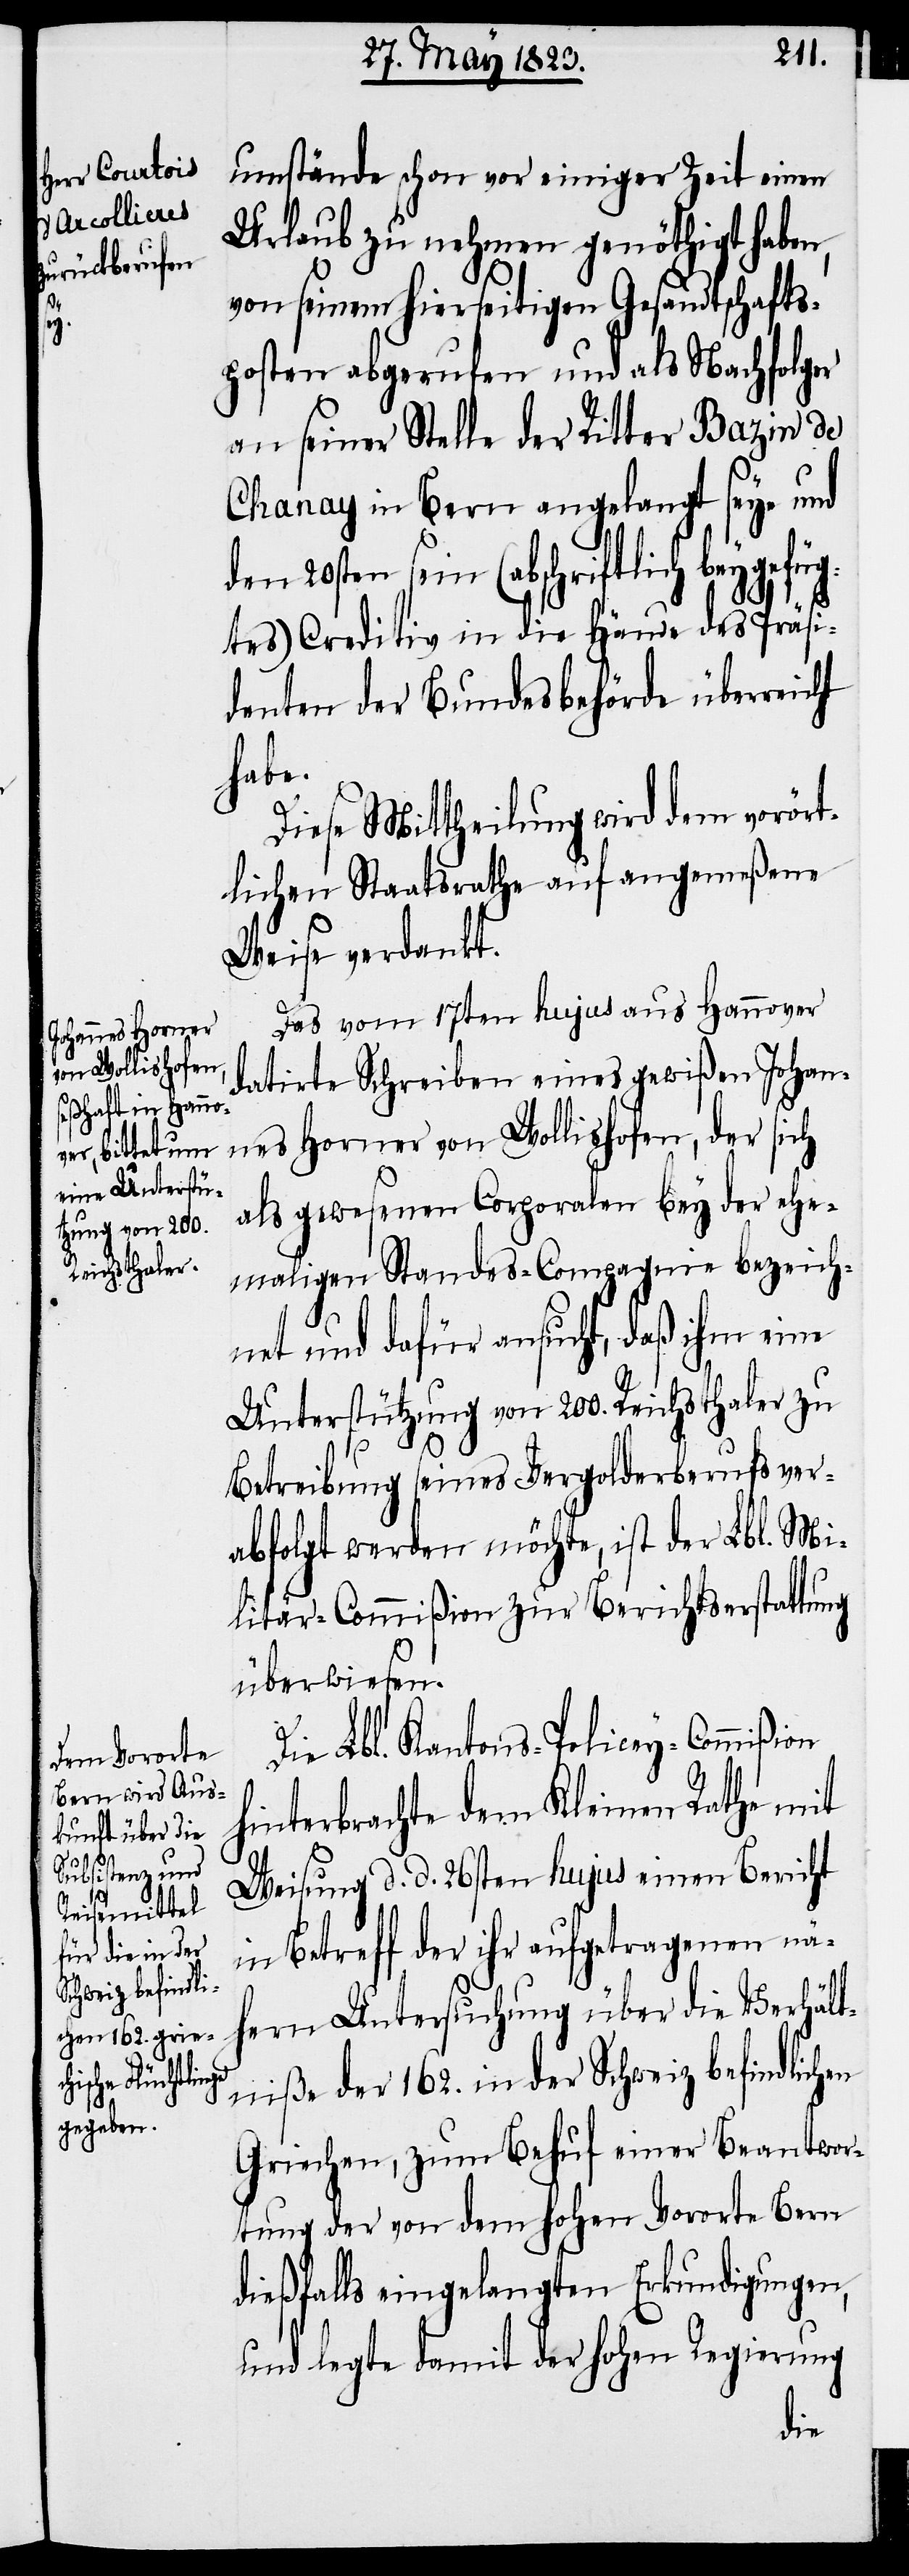
umstände schon vor einiger Zeit einen
Urlaub zu nehmen genöthigt haben,
von seinem hierseitigen Gesandtschafts¬
posten abgerufen und als Nachfolger
an seiner Stelle der Ritter Bazin de
Chanay in Bern angelangt seye und
den 20sten sein (abschriftlich beygefüg¬
tes) Creditiv in die Hände des Präsi¬
denten der Bundesbehörde überreicht
habe.
Diese Mittheilung wird dem vorört¬
lichen Staatsrathe auf angemeßene
Weise verdankt.
Das vom 17ten hujus aus Hannover
datirte Schreiben eines gewißen Johan¬
nes Horner von Wollishofen, der sich
als gewesenen Corporalen bey der ehe¬
maligen Standes-Compagnie bezeich¬
net und dafür ansucht, daß ihm eine
Unterstützung von 200. Reichsthaler zu
Betreibung seines Vergolderberufs ver¬
abfolgt werden möchte, ist der Lbl. Mi¬
litär-Commißion zur Berichtserstattung
überwiesen.
Die Lbl. Kantons-Policey-Commißion
hinterbrachte dem Kleinen Rathe mit
Weisung d. d. 26sten hujus einen Bericht
in Betreff der ihr aufgetragenen nä¬
hern Untersuchung über die Verhält¬
niße der 162. in der Schweiz befindlichen
Griechen, zum Behuf einer Beantwor¬
tung der von dem hohen Vororte Bern
dießfalls eingelangten Erkundigungen,
und legte damit der hohen Regierung